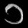
Digit: ၁